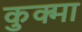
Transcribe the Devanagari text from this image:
कुक्मा